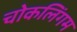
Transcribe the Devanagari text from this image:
चोकलिंगम